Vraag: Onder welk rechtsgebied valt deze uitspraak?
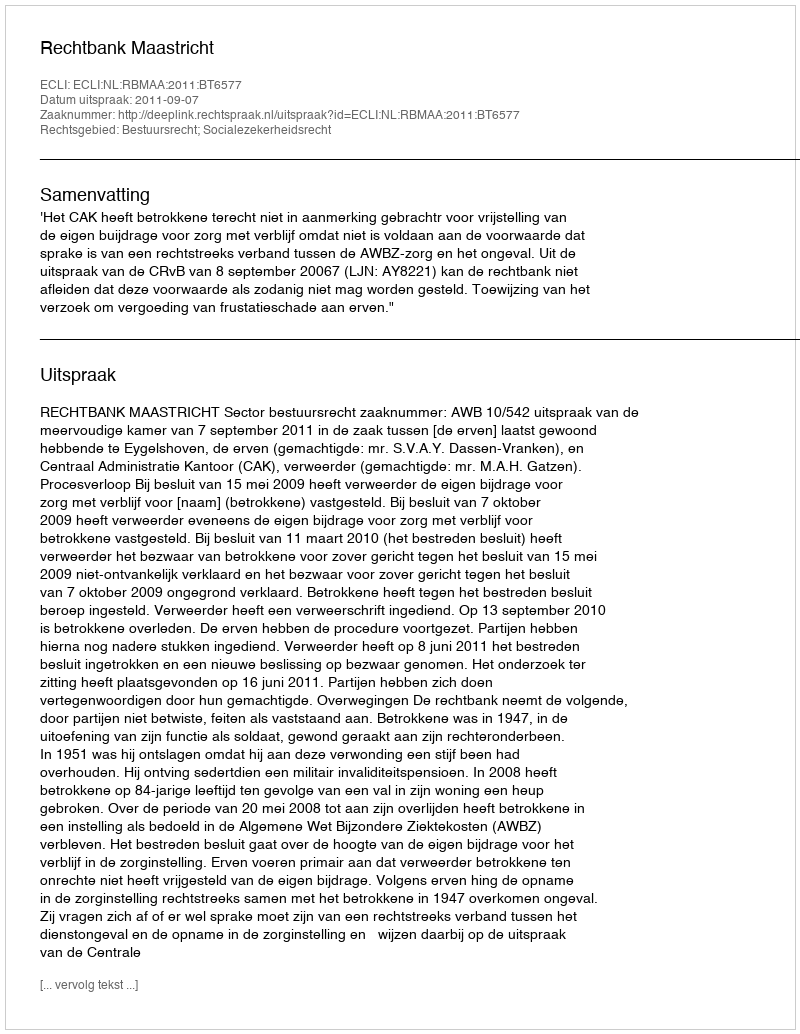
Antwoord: Bestuursrecht; Socialezekerheidsrecht